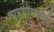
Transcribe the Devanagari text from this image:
नायगारावरती